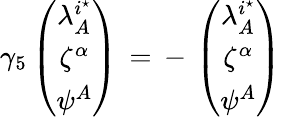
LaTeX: \gamma_{5}\left(\begin{array}{c}{{\lambda_{A}^{i^{\star}}}}\\ {{\zeta^{\alpha}}}\\ {{\psi^{A}}}\end{array}\right)\, =\, -\, \left(\begin{array}{c}{{\lambda_{A}^{i^{\star}}}}\\ {{\zeta^{\alpha}}}\\ {{\psi^{A}}}\end{array}\right)